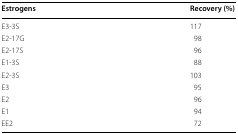
<table><thead><tr><td><b>Estrogens</b></td><td><b>Recovery (%)</b></td></tr></thead><tbody><tr><td>E3-3S</td><td>117</td></tr><tr><td>E2-17G</td><td>98</td></tr><tr><td>E2-17S</td><td>96</td></tr><tr><td>E1-3S</td><td>88</td></tr><tr><td>E2-3S</td><td>103</td></tr><tr><td>E3</td><td>95</td></tr><tr><td>E2</td><td>96</td></tr><tr><td>E1</td><td>94</td></tr><tr><td>EE2</td><td>72</td></tr></tbody></table>